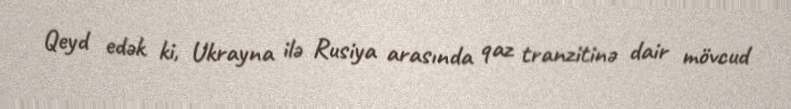
Qeyd edək ki, Ukrayna ilə Rusiya arasında qaz tranzitinə dair mövcud